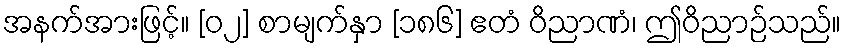
အနက်အားဖြင့်။ [၀၂] စာမျက်နှာ [၁၈၆] ဧတံ ဝိညာဏံ၊ ဤဝိညာဉ်သည်။